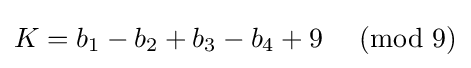
K=b_{1}-b_{2}+b_{3}-b_{4}+9\,\,{\pmod {9}}